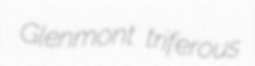
Glenmont triferous